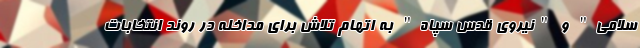
سلامی" و "نیروی قدس سپاه" به اتهام تلاش برای مداخله در روند انتخابات